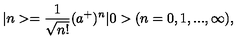
| n > = { \frac { 1 } { \sqrt { n ! } } } ( a ^ { + } ) ^ { n } | 0 > ( n = 0 , 1 , . . . , \infty ) ,